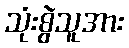
သုံးစွဲသူအား